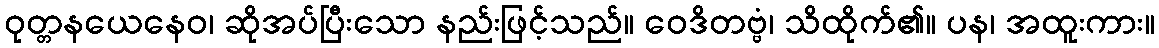
ဝုတ္တနယေနေဝ၊ ဆိုအပ်ပြီးသော နည်းဖြင့်သည်။ ဝေဒိတဗ္ဗံ၊ သိထိုက်၏။ ပန၊ အထူးကား။